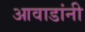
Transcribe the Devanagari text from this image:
आवाडांनी